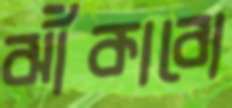
ঝাঁকাবো